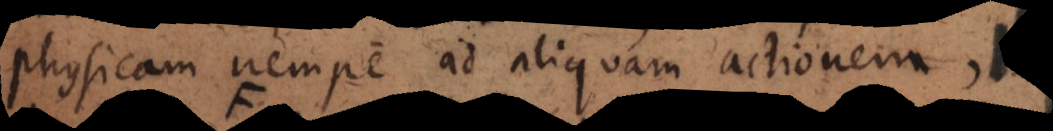
physicam nempe ad aliquam actionem,